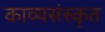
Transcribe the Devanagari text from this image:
काव्यसंस्कृत